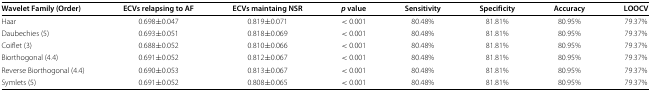
<table><thead><tr><td><b>Wavelet Family (Order)</b></td><td><b>ECVs relapsing to AF</b></td><td><b>ECVs maintaing NSR</b></td><td><b><i>p</i> value</b></td><td><b>Sensitivity</b></td><td><b>Specificity</b></td><td><b>Accuracy</b></td><td><b>LOOCV</b></td></tr></thead><tbody><tr><td>Haar</td><td>0.698±0.047</td><td>0.819±0.071</td><td>&lt; 0.001</td><td>80.48%</td><td>81.81%</td><td>80.95%</td><td>79.37%</td></tr><tr><td>Daubechies (5)</td><td>0.693±0.051</td><td>0.818±0.069</td><td>&lt; 0.001</td><td>80.48%</td><td>81.81%</td><td>80.95%</td><td>79.37%</td></tr><tr><td>Coiflet (3)</td><td>0.688±0.052</td><td>0.810±0.066</td><td>&lt; 0.001</td><td>80.48%</td><td>81.81%</td><td>80.95%</td><td>79.37%</td></tr><tr><td>Biorthogonal (4.4)</td><td>0.691±0.052</td><td>0.812±0.067</td><td>&lt; 0.001</td><td>80.48%</td><td>81.81%</td><td>80.95%</td><td>79.37%</td></tr><tr><td>Reverse Biorthogonal (4.4)</td><td>0.690±0.053</td><td>0.813±0.067</td><td>&lt; 0.001</td><td>80.48%</td><td>81.81%</td><td>80.95%</td><td>79.37%</td></tr><tr><td>Symlets (5)</td><td>0.691±0.052</td><td>0.808±0.065</td><td>&lt; 0.001</td><td>80.48%</td><td>81.81%</td><td>80.95%</td><td>79.37%</td></tr></tbody></table>